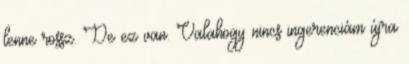
lenne rossz. De ez van. Valahogy nincs ingerenciám újra